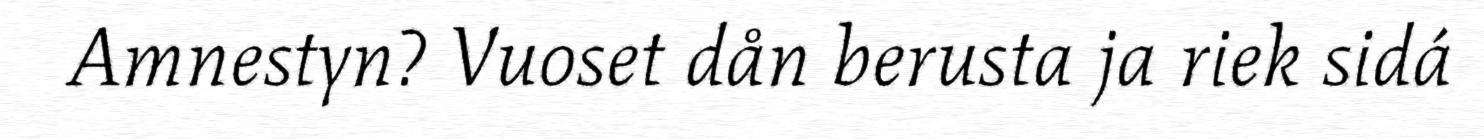
Amnestyn? Vuoset dån berusta ja riek sidá